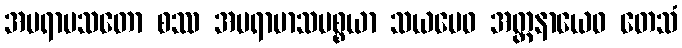
အပရာမသတော စဿ အပရာမာသပစ္စယာ သယမေဝ အတ္တနာယေဝ တေသံ